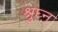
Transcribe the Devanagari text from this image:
श्रुघ्न